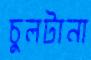
চুলটানা